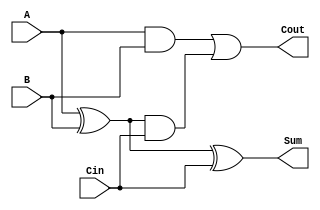
module tree_structured_full_adder (
    input wire A,      // First significant bit
    input wire B,      // Second significant bit
    input wire Cin,    // Carry-in bit
    output wire Sum,   // Sum output
    output wire Cout   // Carry-out output
);

// Intermediate signals
wire S1;  // Intermediate sum from first half adder
wire C1;  // Intermediate carry from first half adder
wire C2;  // Intermediate carry from second half adder

// First Half Adder: Adds A and B
assign S1 = A ^ B;   // Sum output of first half adder
assign C1 = A & B;   // Carry output of first half adder

// Second Half Adder: Adds S1 and Cin
assign Sum = S1 ^ Cin; // Final sum output
assign C2 = S1 & Cin;  // Carry output of second half adder

// Final Carry-out: Combines C1 and C2
assign Cout = C1 | C2; // Final carry output

endmodule